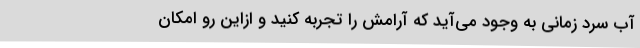
آب سرد زمانی به وجود می‌آید که آرامش را تجربه کنید و ازاین‌ رو امکان